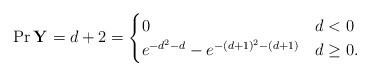
LaTeX: \begin{align*}\Pr{\mathbf{Y}=d+2}=\begin{cases} 0&d<0\\e^{-d^2-d}-e^{-(d+1)^2-(d+1)}&d\geq 0.\end{cases}\end{align*}